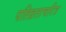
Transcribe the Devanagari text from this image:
पतिव्रताचरित्र